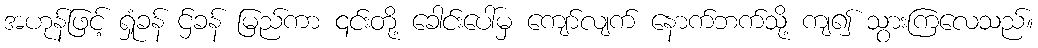
အဟုန်ဖြင့် ရှုံခန် ဌ်ခန် မြည်ကာ ၎င်းတို့ ခေါင်းပေါ်မှ ကျော်လျက် နောက်ဘက်သို့ ကျ၍ သွားကြလေသည်။